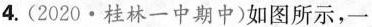
4.(2020·桂林一中期中)如图所示，一